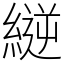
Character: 縌